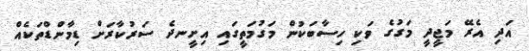
އަދި އެރޭ މަޖީދީ މަގުގެ ވަކި ހިސާބަކުން މަގުމަތީގައި އިށީނދެ ސަރުކާރަށް ޑިމާންޑްތަކެއް